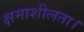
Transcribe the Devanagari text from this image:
क्षमाशीलता।